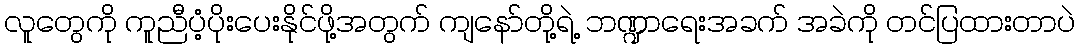
လူတွေကို ကူညီပံ့ပိုးပေးနိုင်ဖို့အတွက် ကျနော်တို့ရဲ့ ဘဏ္ဍာရေးအခက် အခဲကို တင်ပြထားတာပဲ